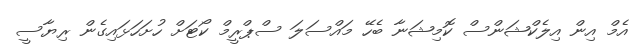
އެމް އިން އިލެކްޝަންސް ކޮމިޝަނާ ބެހޭ މައްސަލަ ސްޕްރީމް ކޯޓަށް ހުށަހަޅައިގެން ރިޔާސީ